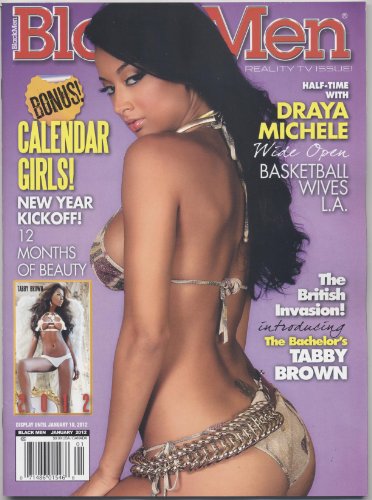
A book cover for Black Men Magazine Reality TV Issue with bonus 2012 Calendar (Draya Michele cover); BMP; Calendars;